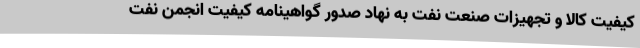
کیفیت کالا و تجهیزات صنعت نفت به نهاد صدور گواهینامه کیفیت انجمن نفت